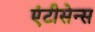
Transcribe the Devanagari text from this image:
एंटीसेन्स